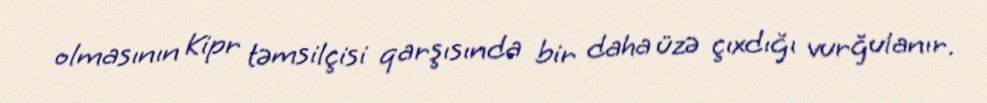
olmasının Kipr təmsilçisi qarşısında bir daha üzə çıxdığı vurğulanır.